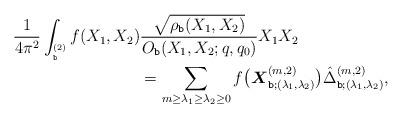
LaTeX: \begin{align*}\frac{1}{4\pi^2}\int_{^{(2)}_{\texttt{b}}} f(X_1,X_2) & \frac{\sqrt{\rho_{\texttt{b}}(X_1,X_2)}}{O_{\texttt{b}}(X_1,X_2;q,q_0)} X_1X_2\\&= \sum_{m\geq \lambda_1\geq \lambda_2\geq 0}f\bigl(\boldsymbol{X}^{(m,2)}_{\texttt{b};(\lambda_1,\lambda_2)}\bigr) \hat{\Delta}^{(m,2)}_{\texttt{b};(\lambda_1,\lambda_2)} , \end{align*}